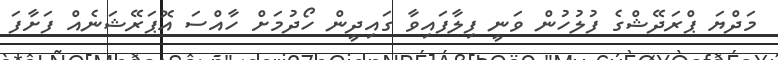
މަދްޔަ ޕްރަދޭޝްގެ ފުލުހުން ވަނީ ފިލާފައިވާ ގައިދީން ހޯދުމަށް ހާއްސަ އޮޕަރޭޝަނެއް ފަށާފަ